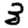
Digit: 3